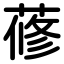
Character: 蓚